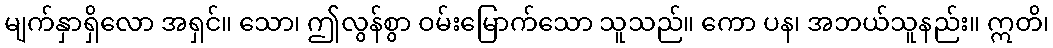
မျက်နှာရှိလော အရှင်။ သော၊ ဤလွန်စွာ ဝမ်းမြောက်သော သူသည်။ ကော ပန၊ အဘယ်သူနည်း။ ဣတိ၊